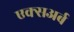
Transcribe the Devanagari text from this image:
एक्सअर्ब